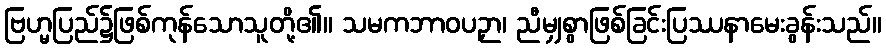
ဗြဟ္မပြည်၌ဖြစ်ကုန်သောသူတို့၏။ သမကဘာဝပဉှာ၊ ညီမျှစွာဖြစ်ခြင်းပြဿနာမေးခွန်းသည်။